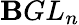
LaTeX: \mathbf{B}GL_{n}